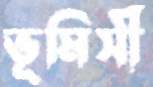
ভূমিসী